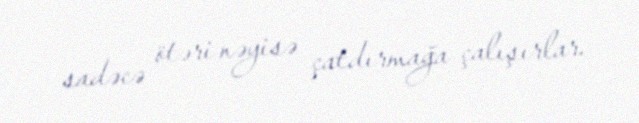
sadəcə ötəri nəyisə çatdırmağa çalışırlar.